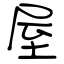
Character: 屋